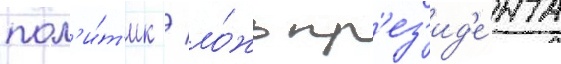
пол'и́т'ик / ло́жь пр'ез'ид'е́нта